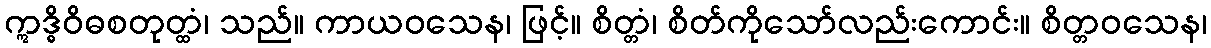
ဣဒ္ဓိဝိဓစတုတ္ထံ၊ သည်။ ကာယဝသေန၊ ဖြင့်။ စိတ္တံ၊ စိတ်ကိုသော်လည်းကောင်း။ စိတ္တဝသေန၊